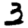
Digit: 3